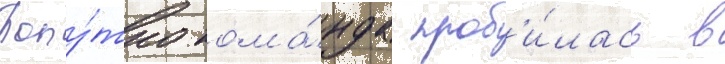
Попу́тно кома́нда проб'и́лась в